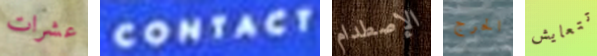
عشرات CONTACT الإصطدام الحرج تتعايش